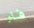
فار